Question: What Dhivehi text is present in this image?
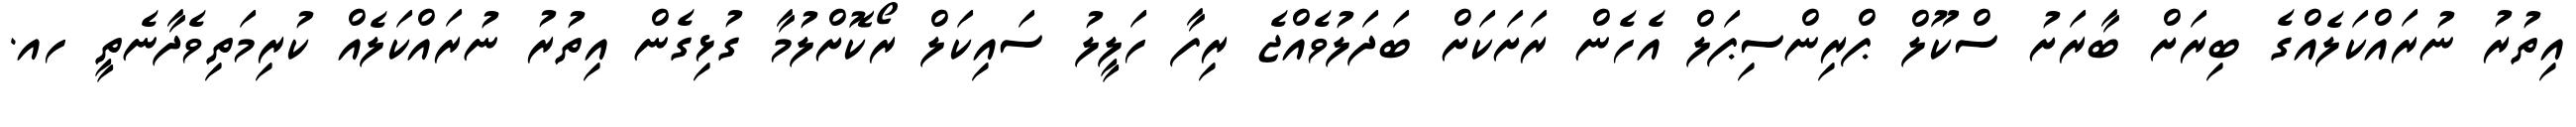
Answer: އިތުރު ނުރައްކަލެއްގެ ބިރަށް ބާރަށު ސްކޫލް ޕްރިންސިޕަލް އެހެން ރަށަކަށް ބަދަލުވެއްޖެ ރިފާ ހަލީލު ސައިކަލް ރޯކޮށްލުމާ ގުޅިގެން އިތުރު ނުރައްކަލެއް ކުރިމަތިވެދާނެތީ ހއ.